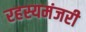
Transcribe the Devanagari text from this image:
रहस्यमंजरी